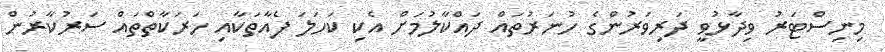
މިނިސްޓަރު ވިދާޅުވީ ދަރިވަރުންގެ ހުނަރުތައް ދައްކާލުމަށް އެކި ކަހަލަ ފެއާތަކާއި ހަރަކާތްތައް ސަރުކާރުން